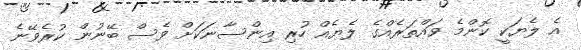
އެ ލެޔަކީ ކޮންމެ ވައްތަރެއްގެ ލެޔެއް ހުރި އިންސާނަކަށް ވެސް ބޭނުން ކުރެވޭނެ